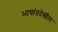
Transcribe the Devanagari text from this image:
भाषांतदेखील